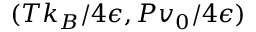
( T k _ { B } / 4 \epsilon , P v _ { 0 } / 4 \epsilon )